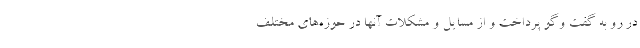
در رو به گفت وگو پرداخت و از مسایل و مشکلات آنها در حوزه‌های مختلف